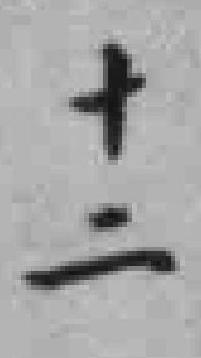
十二